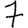
Digit: 7